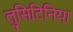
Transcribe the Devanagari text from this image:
लुसिटिनिया